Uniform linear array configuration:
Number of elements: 8
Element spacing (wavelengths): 0.25
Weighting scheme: exponential
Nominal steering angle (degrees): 30
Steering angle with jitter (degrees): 31.246
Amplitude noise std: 0.05
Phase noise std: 0.05

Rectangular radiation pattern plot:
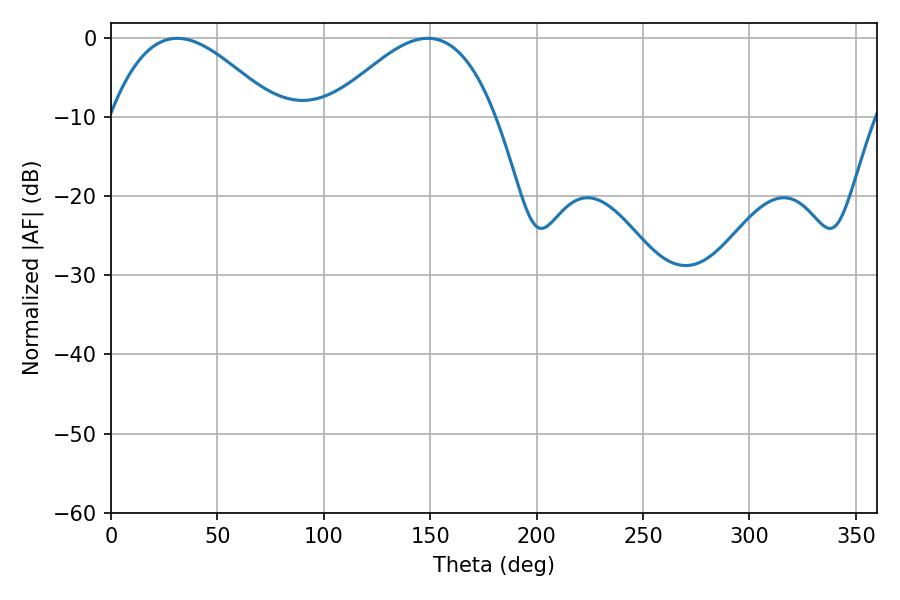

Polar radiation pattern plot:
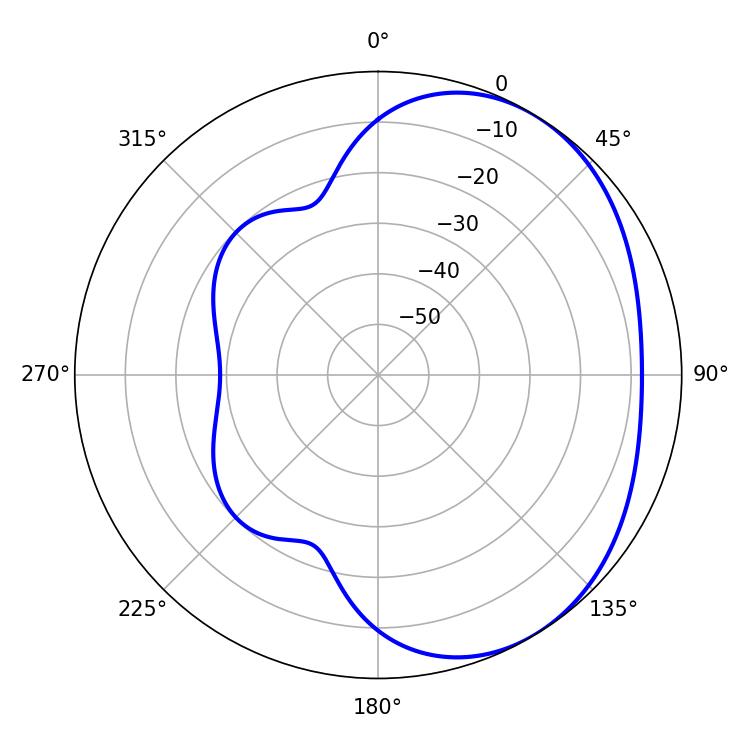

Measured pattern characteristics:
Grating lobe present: FALSE
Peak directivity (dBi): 3.257
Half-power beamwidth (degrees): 42.3
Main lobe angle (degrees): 31.14